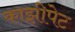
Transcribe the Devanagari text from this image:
काझीपेट